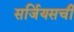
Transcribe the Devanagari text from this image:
सर्जियसची